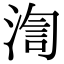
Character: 渹